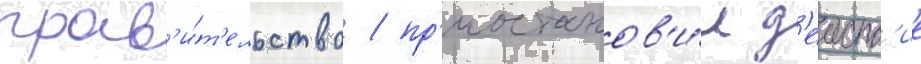
прав'и́т'ельство / пр'иостанов'и́л д'еиств'ие